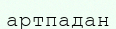
артпадан